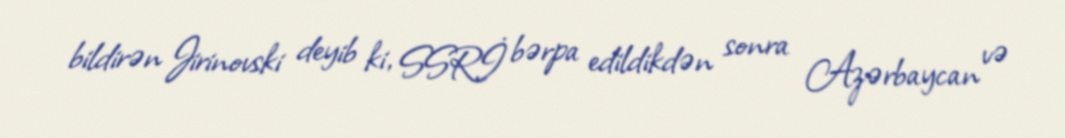
bildirən Jirinovski deyib ki, SSRİ bərpa edildikdən sonra Azərbaycan və